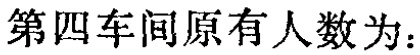
第四车间原有人数为：